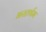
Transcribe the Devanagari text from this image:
भरतर्षभ